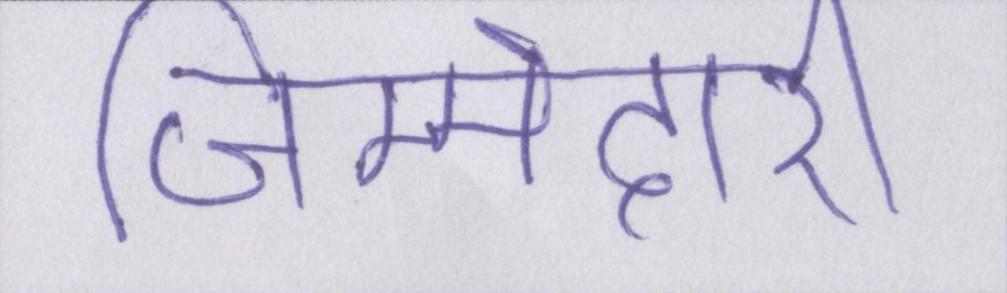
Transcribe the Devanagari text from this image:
जिम्मेदारी